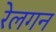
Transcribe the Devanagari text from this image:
रेलगन